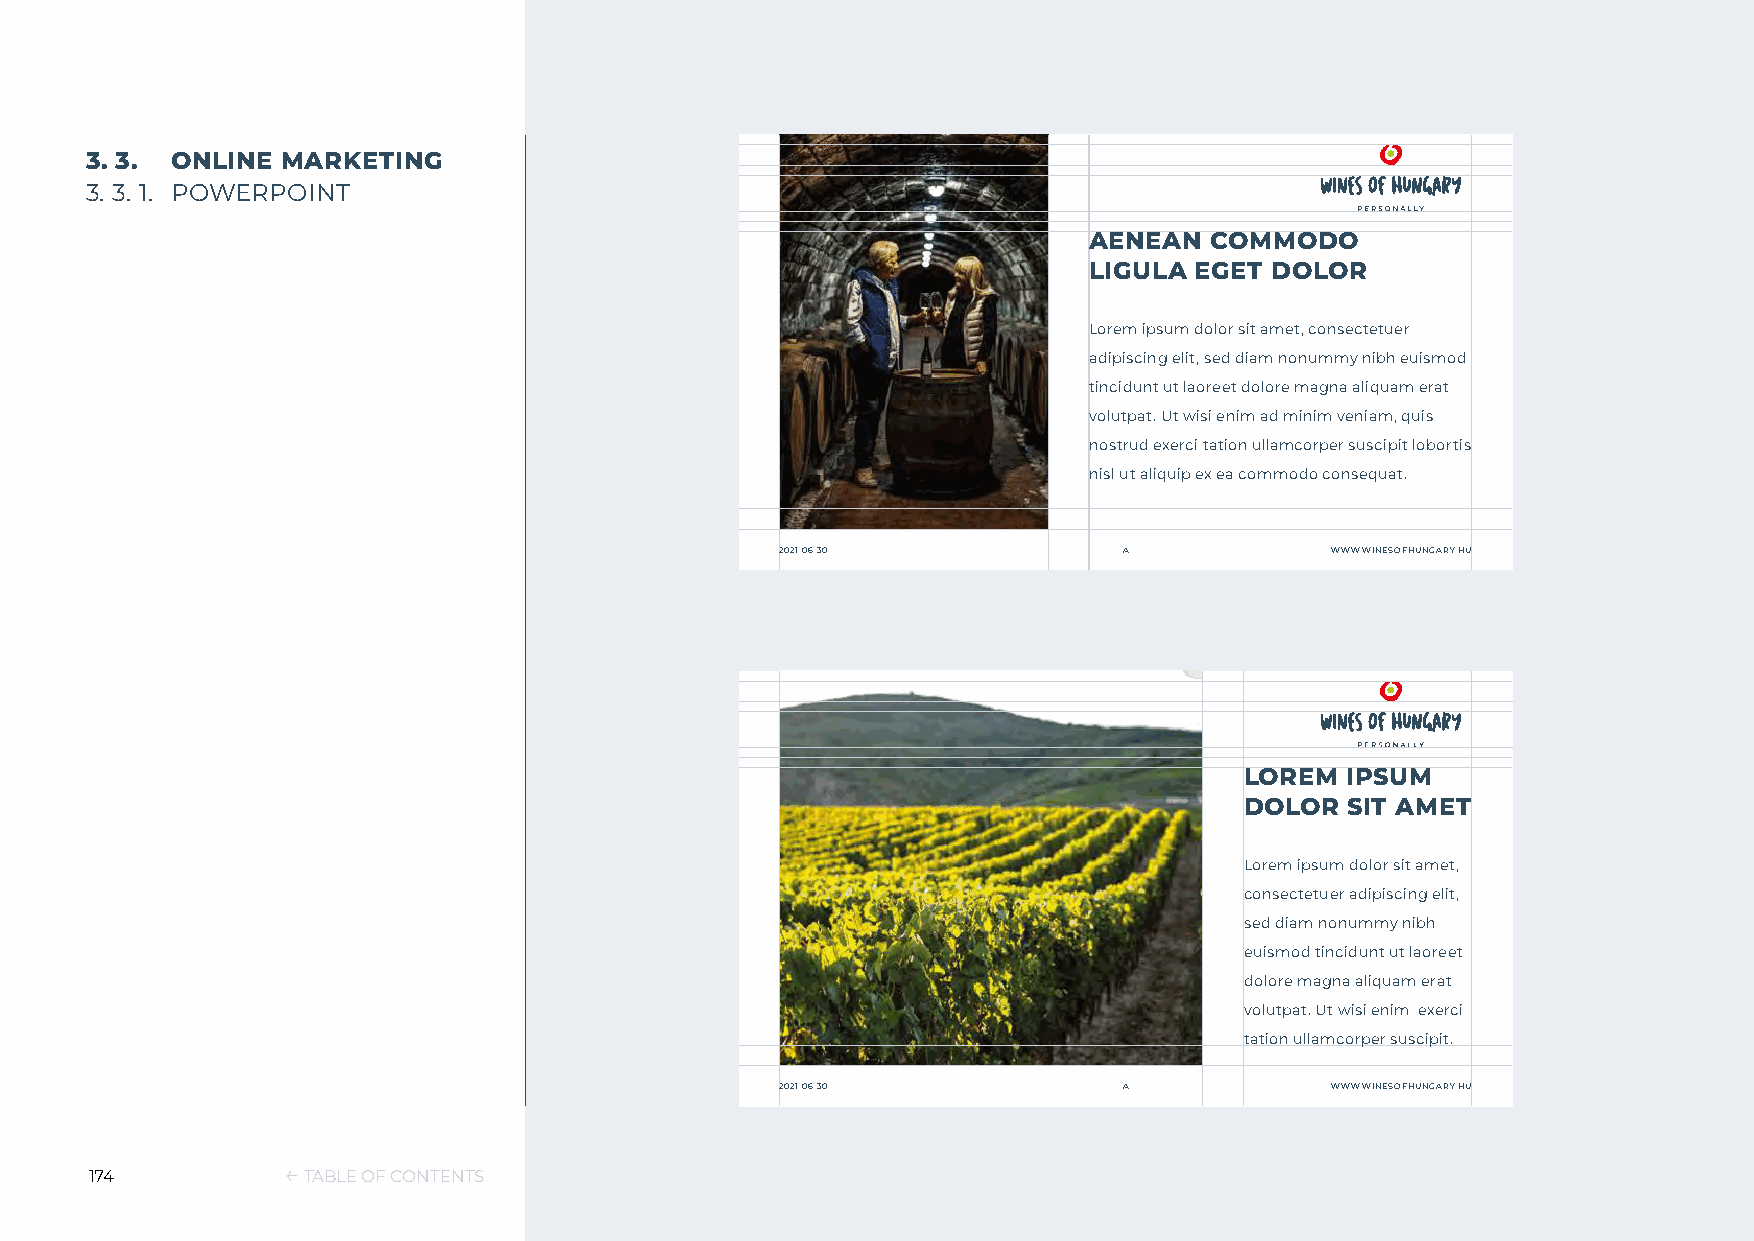
3. 3. ONLINE MARKETING
 3. 3. 1. POWERPOINT
 AENEAN  COMMODO
 LIGULA EGET DOLOR
 Lorem ipsum dolor sit amet, consectetuer
 adipiscing elit, sed diam nonummy nibh euismod
 tincidunt ut laoreet dolore magna aliquam erat
 volutpat. Ut wisi enim ad minim veniam, quis
 nostrud exerci tation ullamcorper suscipit lobortis
 nisl ut aliquip ex ea commodo consequat.
 2021. 06. 30.         A             WWW.WINESOFHUNGARY.HU
 LOREM  IPSUM
 DOLOR  SIT AMET
 Lorem ipsum dolor sit amet,
 consectetuer adipiscing elit,
 sed diam nonummy nibh
 euismod tincidunt ut laoreet
 dolore magna aliquam erat
 volutpat. Ut wisi enim exerci
 tation ullamcorper suscipit.
 2021. 06. 30.         A             WWW.WINESOFHUNGARY.HU
 174          ← TABLE OF CONTENTS